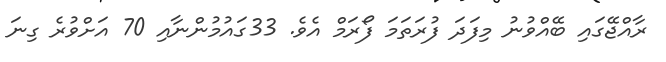
ރާއްޖޭގައި ބޭއްވުނު މިފަދަ ފުރަތަމަ ފޯރަމް އެވެ. 33ގައުމުންނާއި 70 އަށްވުރެ ގިނަ